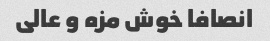
انصافا خوش مزه و عالی